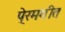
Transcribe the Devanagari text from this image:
पे्रमगीत